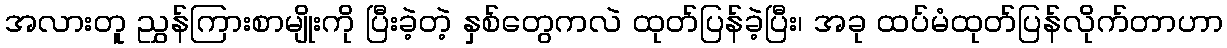
အလားတူ ညွှန်ကြားစာမျိုးကို ပြီးခဲ့တဲ့ နှစ်တွေကလဲ ထုတ်ပြန်ခဲ့ပြီး၊ အခု ထပ်မံထုတ်ပြန်လိုက်တာဟာ